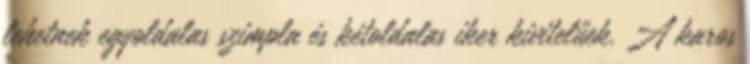
lehetnek egyoldalas szimpla és kétoldalas iker kivitelűek. A karos